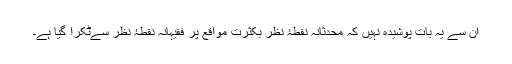
ان سے یہ بات پوشیدہ نہیں کہ محدثانہ نقطۂ نظر بکثرت مواقع پر فقیہانہ نقطۂ نظر سےٹکرا گیا ہے۔